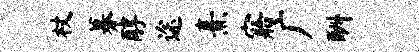
杖募醇途熹寤广酬